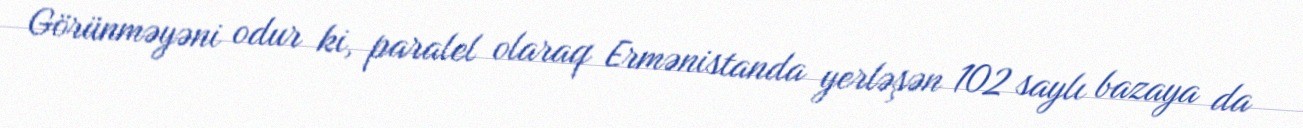
Görünməyəni odur ki, paralel olaraq Ermənistanda yerləşən 102 saylı bazaya da